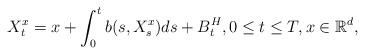
LaTeX: \begin{align*}X_{t}^{x}=x+\int_{0}^{t}b(s,X_{s}^{x})ds+B_{t}^{H}, 0\leq t\leq T, x\in \mathbb{R}^{d}, \end{align*}